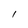
Character: l